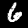
Digit: 6